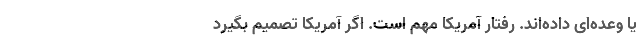
یا وعده‌ای داده‌اند. رفتار آمریکا مهم است. اگر آمریکا تصمیم بگیرد